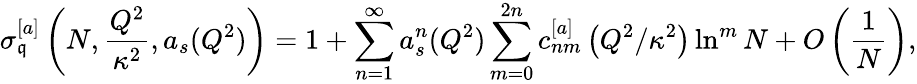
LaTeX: {\sigma}_{\mathfrak{q}}^{[a]}\left(N,\frac{{Q^{2}}}{{\kappa^{2}}},a_{s}(Q^{2})\right)=1+\sum_{n=1}^{\infty}a_{s}^{n}(Q^{2})\sum_{m=0}^{2n}c_{nm}^{[a]}\left({Q^{2}}/{\kappa^{2}}\right)\ln^{m}N+O\left(\frac{{1}}{{N}}\right),